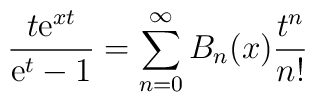
{t{\rm e}^{xt}\over{{\rm e}^t-1}}=\sum_{n=0}^{\infty}  B_n(x){t^n\over n!}